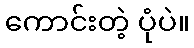
ကောင်းတဲ့ ပုံပဲ။